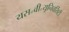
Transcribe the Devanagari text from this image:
यस॰वी॰यूनिवर्सिटी